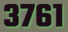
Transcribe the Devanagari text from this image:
३७६१